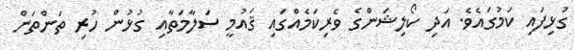
ގުޅިފައި ކަމުގައެވެ. އަދި ކޯލިޝަންގެ ވެރިކަމެއްގައި ޤައުމީ ސަލާމަތާއި ގުޅުން ހުރި ތަންތަން